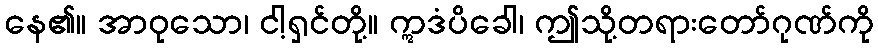
နေ၏။ အာဝုသော၊ ငါ့ရှင်တို့။ ဣဒံပိခေါ၊ ဤသို့တရားတော်ဂုဏ်ကို